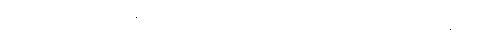
ဘဂဝါ၊ သည်။ ဣဓ ဘိက္ခဝေတိအာဒိံ၊ ကို။ အာဟ၊ ၏။ တတ္ထ၊ ထိုဣဓ